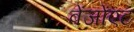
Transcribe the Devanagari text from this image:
बेंजोंएट